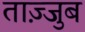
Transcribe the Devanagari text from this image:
ताज़्जुब